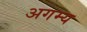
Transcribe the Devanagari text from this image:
अगम्‍य